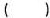
( )